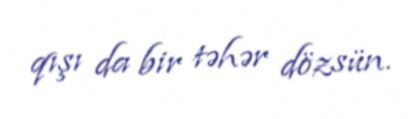
qışı da bir təhər dözsün.